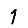
Digit: 1